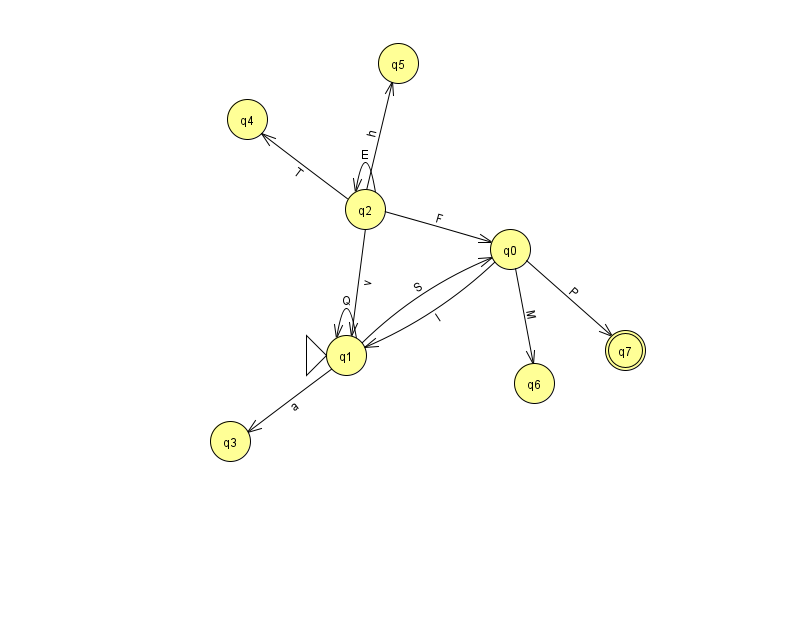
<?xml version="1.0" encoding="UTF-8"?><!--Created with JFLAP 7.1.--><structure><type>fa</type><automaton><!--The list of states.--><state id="0" name="q0"><x>510.0</x><y>236.0</y></state><state id="1" name="q1"><x>346.0</x><y>342.0</y><initial/></state><state id="2" name="q2"><x>365.0</x><y>196.0</y></state><state id="3" name="q3"><x>230.0</x><y>428.0</y></state><state id="4" name="q4"><x>247.0</x><y>106.0</y></state><state id="5" name="q5"><x>398.0</x><y>50.0</y></state><state id="6" name="q6"><x>534.0</x><y>370.0</y></state><state id="7" name="q7"><x>625.0</x><y>337.0</y><final/></state><!--The list of transitions.--><transition><from>1</from><to>3</to><read>a</read></transition><transition><from>1</from><to>1</to><read>Q</read></transition><transition><from>2</from><to>5</to><read>h</read></transition><transition><from>1</from><to>0</to><read>S</read></transition><transition><from>0</from><to>7</to><read>P</read></transition><transition><from>2</from><to>2</to><read>E</read></transition><transition><from>2</from><to>4</to><read>T</read></transition><transition><from>2</from><to>0</to><read>F</read></transition><transition><from>2</from><to>1</to><read>v</read></transition><transition><from>0</from><to>6</to><read>M</read></transition><transition><from>0</from><to>1</to><read>I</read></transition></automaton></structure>